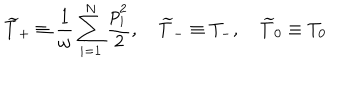
\widetilde { T } _ { + } \equiv \frac { 1 } { \omega } \sum _ { i = 1 } ^ { N } \frac { p _ { i } ^ { 2 } } { 2 } , \quad \widetilde { T } _ { - } \equiv T _ { - } , \quad \widetilde { T } _ { 0 } \equiv T _ { 0 }